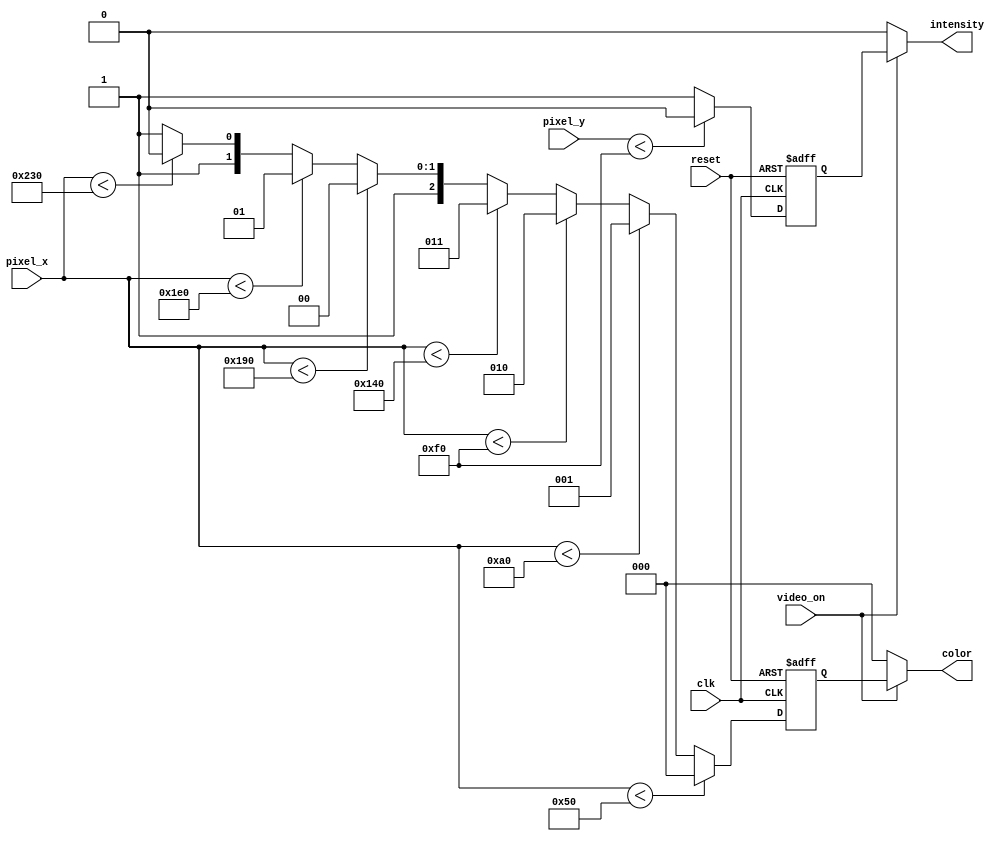
`timescale 1ns / 1ps
//////////////////////////////////////////////////////////////////////////////////
// Company: 
// Engineer: 
// 
// Design Name: 
// Module Name:    pixel_decoder 
// Project Name: 
// Target Devices: 
// Tool versions: 
// Description: 
//
// Dependencies: 
//
// Revision: 
// Revision 0.01 - File Created
// Additional Comments: 
//
//////////////////////////////////////////////////////////////////////////////////
module pixel_decoder(
		input clk, reset, video_on,
		input [9:0] pixel_x, pixel_y,
		output intensity, 
		output [2:0] color
    );

	reg [2:0] color_reg, color_next;
	reg intensity_reg, intensity_next;
	
	always @(posedge clk, posedge reset)
	if (reset)
		begin
			color_reg <= 3'b000;
			intensity_reg <= 1'b0;
		end
	else
		begin
			color_reg <= color_next;
			intensity_reg <= intensity_next;
		end
		
	always @*
		begin
			color_next = (pixel_x < 80) ? 3'b000 :
				(pixel_x < 2*80) ? 3'b001 :
				(pixel_x < 3*80) ? 3'b010 :
				(pixel_x < 4*80) ? 3'b011 :
				(pixel_x < 5*80) ? 3'b100 :
				(pixel_x < 6*80) ? 3'b101 :
				(pixel_x < 7*80) ? 3'b110 : 3'b111;
			intensity_next = pixel_y < 240 ? 1'b0 : 1'b1;
		end
	
	assign color = (video_on) ? color_reg : 3'b000;
	assign intensity = (video_on) ? intensity_reg : 1'b0;

endmodule